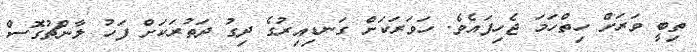
ތިބީ ވަރަށް ހިތްހަމަ ޖެހިފައެވެ. ހަވަރަކަށް ގަނޑިއިރުގެ ދިގު ދަތުރަކަށް ފަހު ލާންޗުގޮސް